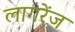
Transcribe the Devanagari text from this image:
लागरेंज